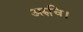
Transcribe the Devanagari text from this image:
अरुचि।